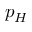
p _ { H }